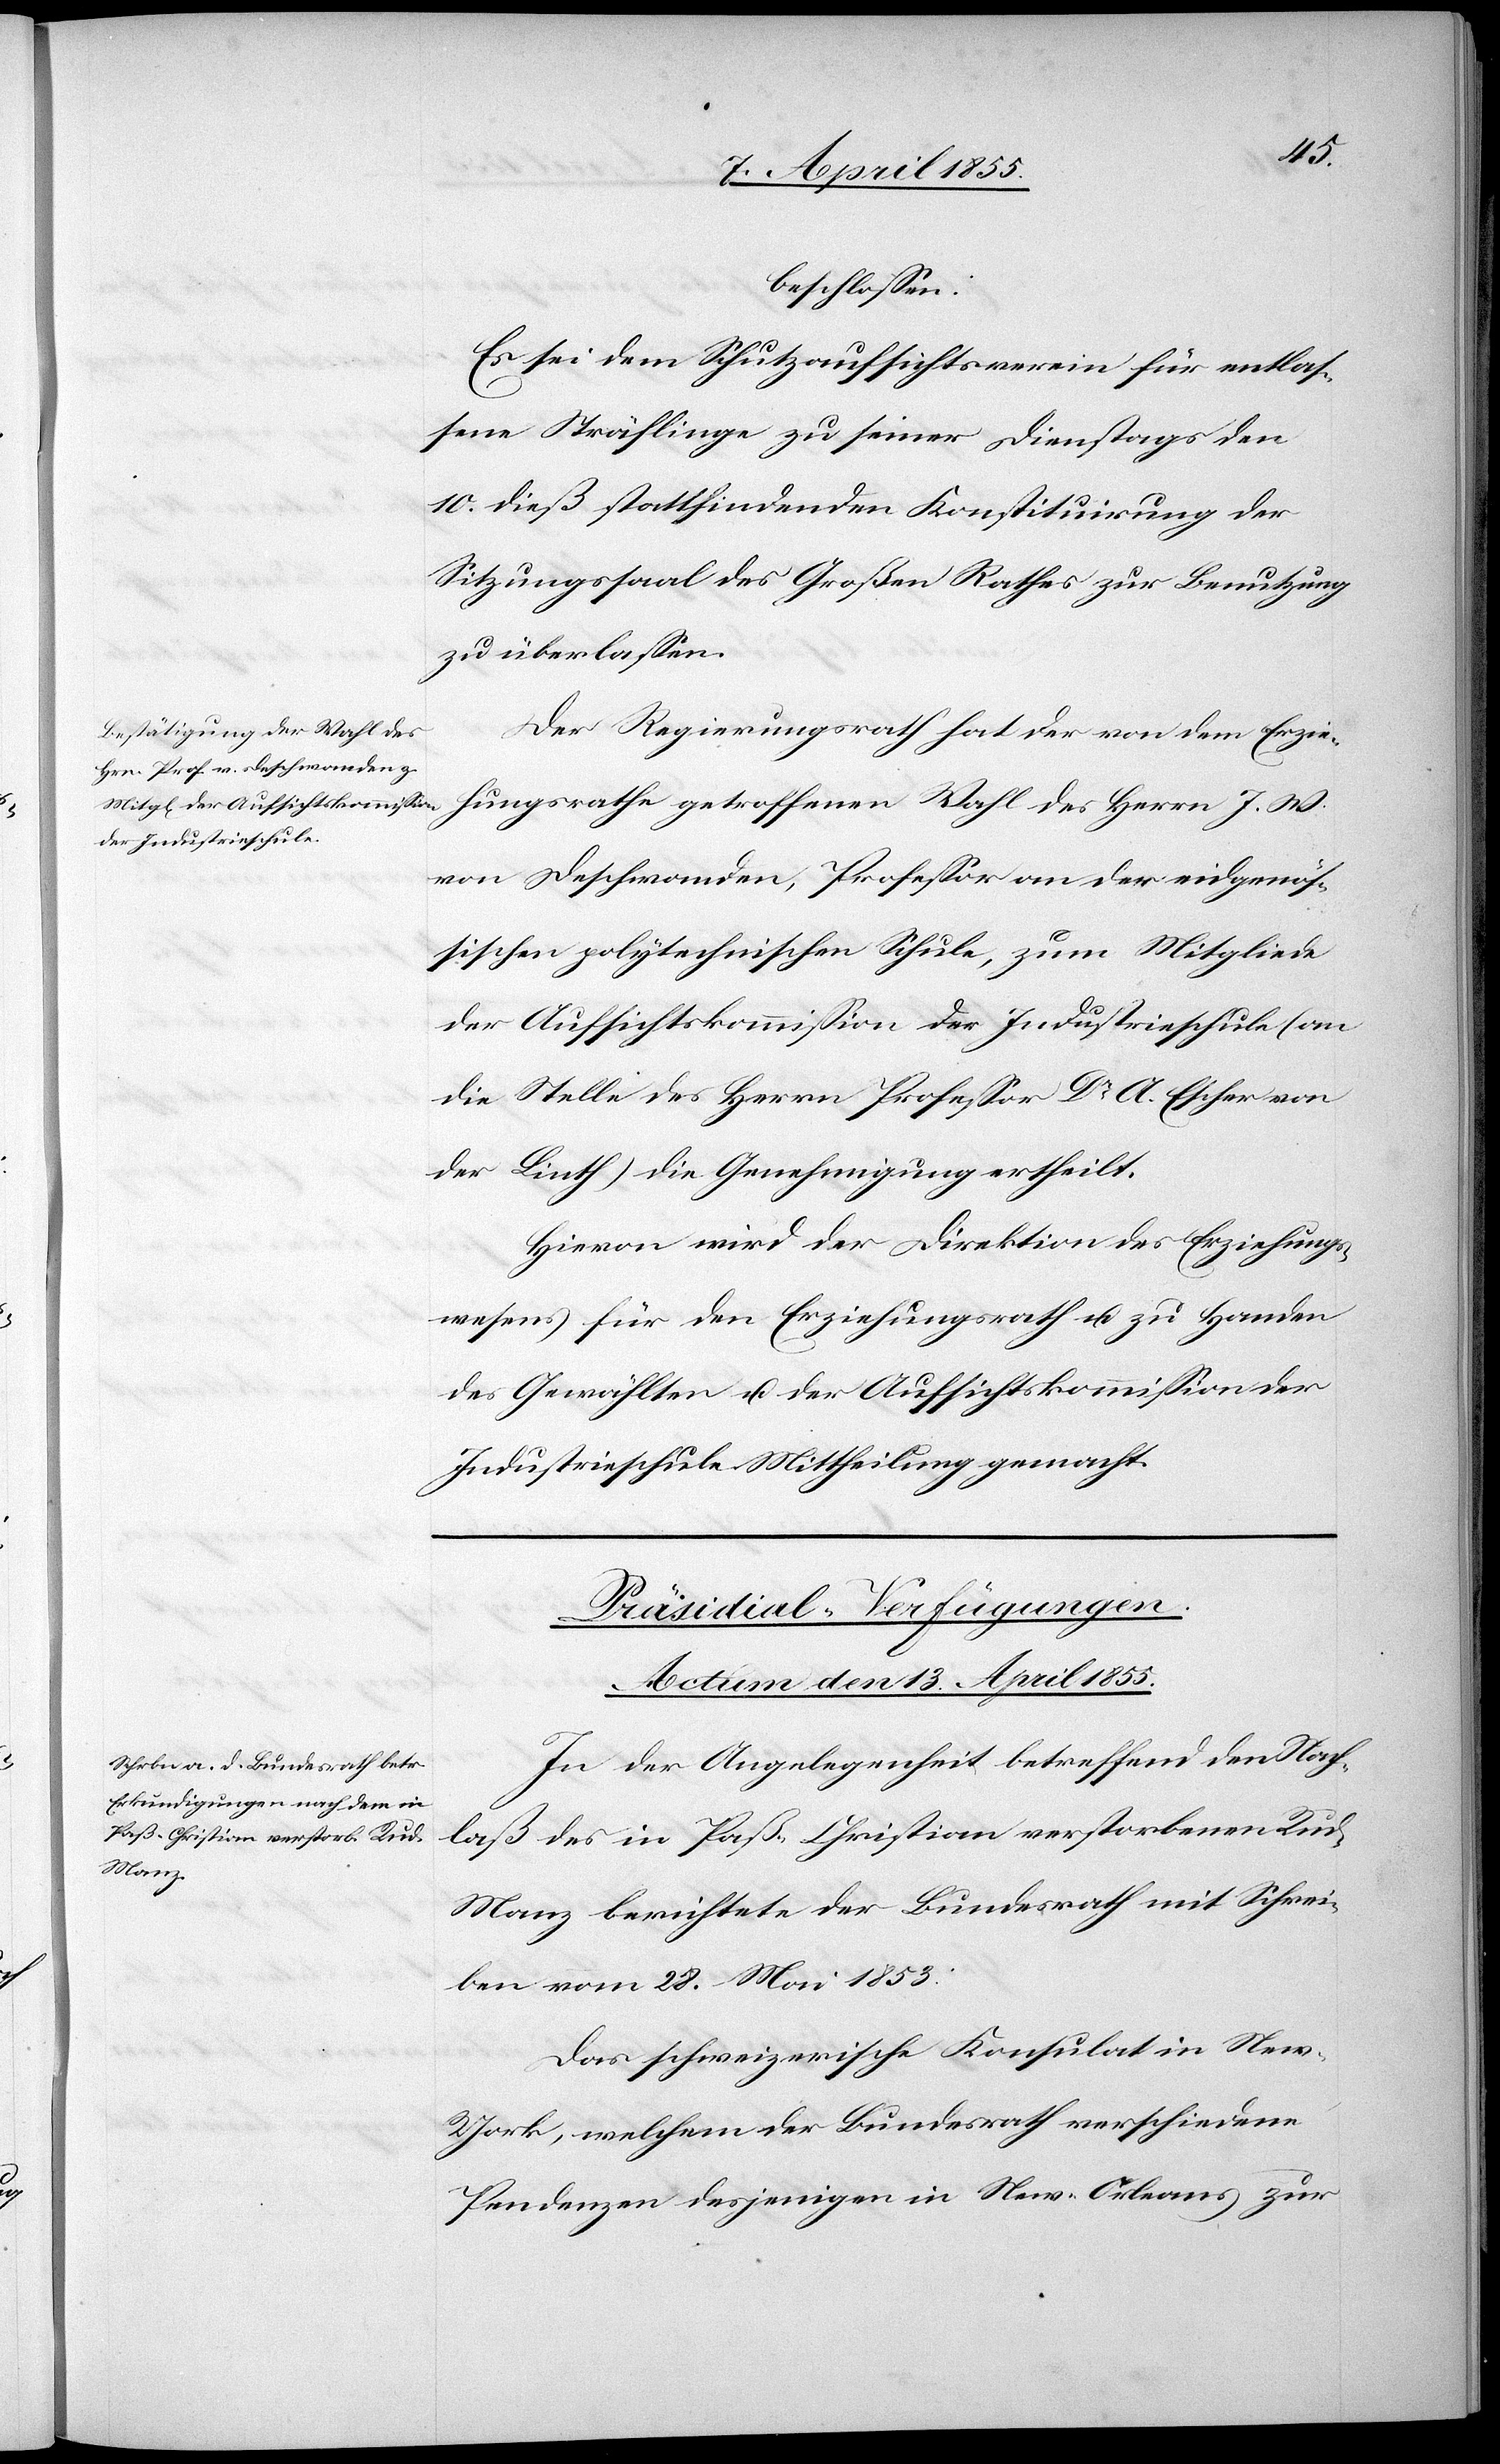
beschlossen:
Es sei dem Schutzaufsichtsverein für entlas¬
sene Sträflinge zu seiner Dienstags den
10. dieß stattfindenden Konstituirung der
Sitzungssaal des Großen Rathes zur Benutzung
zu überlassen.
Der Regierungsrath hat der von dem Erziehu¬
von Deschwanden, Professor an der eidgenös¬
sischen polytechnischen Schule, zum Mitgliede
der Aufsichtskommission der Industrieschule (an
die Stelle des Herrn Professor Dr. A. Escher von
der Linth) die Genehmigung ertheilt.
Hievon wird der Direktion des Erziehungs¬
wesens für den Erziehungsrath u. zu Handen
des Gewählten u. der Aufsichtskommission der
Industrieschule Mittheilung gemacht.
Präsidial-Verfügungen.
Actum den 13. April 1855.
In der Angelegenheit betreffend den Nach¬
laß des in Paß-Christian verstorbenen Rud.
ngsrathe
Manz berichtete der Bundesrath mit Schrei¬
ben vom 28. Mai 1853:
Das schweizerische Konsulat in Ne¬
w-York, welchem der Bundesrath verschiedene
Pendenzen desjenigen in New-Orleans zur